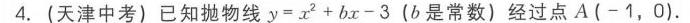
分析：先将欲证式变形
为：
\[
\frac{CC_1}{AA_1}+\frac{CC_1}{BB_1} = 1
\]
图9 - 3

由相似形，易证：\(\frac{CC_1}{AA_1}=\frac{BC_1}{AB}\) \textcircled{1}  \(\frac{CC_1}{BB_1}=\frac{AC_1}{AB}\) \textcircled{2}

两式相加即可

例4 梯形\(ABCD\)的对角线\(AC\)、\(BD\)交于\(O\)，过\(O\)点作底边\(BC\)的平行线交两腰\(AB\)、\(CD\)于\(M\)、\(N\)(图9 - 4)。